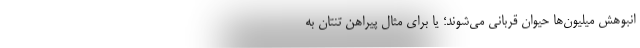
انبوهش میلیون‌ها حیوان قربانی می‌شوند؛ یا برای مثال پیراهن تنتان به